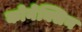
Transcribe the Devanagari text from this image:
कोनेक्सिन